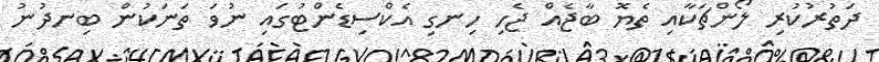
ދަތުރުކުރި ލޯންޗަކާއި ތެޔޮ ބާޖެއް ޖެހި ހިނގި އެކްސިޑެންޓުގައި ނުވަ ތަނަކުން ބިނދުނު